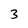
Character: 3